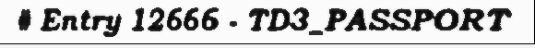
# Entry 12666 - TD3_PASSPORT